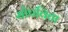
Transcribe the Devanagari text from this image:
सोपविता